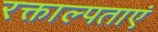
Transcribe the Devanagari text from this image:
रक्ताल्पताएं